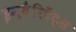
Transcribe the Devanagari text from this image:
इन्वैरिएँट्स